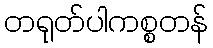
တရုတ်ပါကစ္စတန်